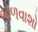
ભોળવાશો